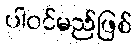
ပါဝင်မည်ဖြစ်